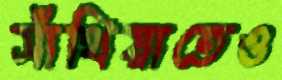
সাঁথিয়াতেও